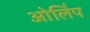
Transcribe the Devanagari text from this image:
ओलिंप